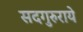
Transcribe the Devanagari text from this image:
सदगुरुराये